Calcutta medical institutions reports 1892-1900
Year: 1892
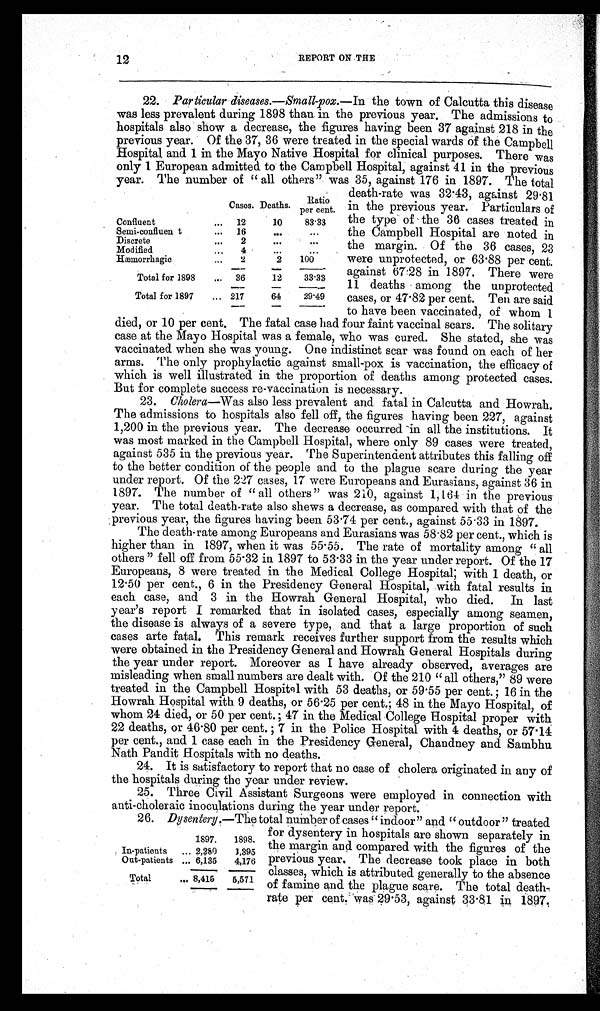
12
REPORT ON THE
22. Particular diseases.—Small-pox. —In the town of Calcutta this disease
was less prevalent during 1898 than in the previous year. The admissions to
hospitals also show a decrease, the figures having been 37 against 218 in the
previous year. Of the 37, 36 were treated in the special wards of the Campbell
Hospital and 1 in the Mayo Native Hospital for clinical purposes. There was
only 1 European admitted to the Campbell Hospital, against 41 in the previous
year. The number of "all others" was 35, against 176 in 1897. The total
Cases. Deaths.
Ratio
per cent.
Confluent
...
12
10
83.33
Semi-confluen t
. . .
16
. . .
. . .
Discrete
...
2
. . .
. . .
Modified
. . .
4
. . .
. . .
Hæmorrhagic
...
2
2
100
Total for 1898
...
36
12
33.33
Total for 1897
... 217
64
29.49
death-rate was 32.43, against 29.81
in the previous year. Particulars of
the type of the 36 cases treated in
the Campbell Hospital are noted in
the margin. Of the 36 cases, 23
were unprotected, or 63.88 per cent.
against 67.28 in 1897. There were
11 deaths among the unprotected
cases, or 47.82 per cent. Ten are said
to have been vaccinated, of whom
1 died, or 10 per cent. The fatal case had four faint vaccinal scars. The solitary
case at the Mayo Hospital was a female, who was cured. She stated, she was
vaccinated when she was young. One indistinct scar was found on each of her
arms. The only prophylactic against small-pox is vaccination, the efficacy of
which is well illustrated in the proportion of deaths among protected cases.
But for complete success re-vaccination is necessary.
23. Cholera—Was also less prevalent and fatal in Calcutta and Howrah.
The admissions to hospitals also fell off, the figures having been 227, against
1,200 in the previous year. The decrease occurred in all the institutions. It
was most marked in the Campbell Hospital, where only 89 cases were treated,
against 535 in the previous year. The Superintendent attributes this falling off
to the better condition of the people and to the plague scare during the year
under report. Of the 227 cases, 17 were Europeans and Eurasians, against 36 in
1897. The number of "all others" was 210, against 1,164 in the previous
year. The total death-rate also shews a decrease, as compared with that of the
previous year, the figures having been 53.74 per cent., against 55.33 in 1897.
The death-rate among Europeans and Eurasians was 58.82 per cent., which is
higher than in 1897, when it was 55.55. The rate of mortality among "all
others" fell off from 55.32 in 1897 to 53.33 in the year under report. Of the 17
Europeans, 8 were treated in the Medical College Hospital; with 1 death, or
12.50 per cent., 6 in the Presidency General Hospital, with fatal results in
each case, and 3 in the Howrah General Hospital, who died. In last
year's report I remarked that in isolated cases, especially among seamen,
the disease is always of a severe type, and that a large proportion of such
cases arte fatal. This remark receives further support from the results which
were obtained in the Presidency General and Howrah General Hospitals during
the year under report. Moreover as I have already observed, averages are
misleading when small numbers are dealt with. Of the 210 "all others," 89 were
treated in the Campbell Hospital with 53 deaths, or 59.55 per cent.; 16 in the
Howrah Hospital with 9 deaths, or 56.25 per cent.; 48 in the Mayo Hospital, of
whom 24 died, or 50 per cent.; 47 in the Medical College Hospital proper with
22 deaths, or 46.80 per cent.; 7 in the Police Hospital with 4 deaths, or 57.14
per cent., and 1 case each in the Presidency General, Chandney and Sambhu
Nath Pandit Hospitals with no deaths.
24. It is satisfactory to report that no case of cholera originated in any of
the hospitals during the year under review.
25. Three Civil Assistant Surgeons were employed in connection with
anti-choleraic inoculations during the year under report.
26. Dysentery. —The total number of cases "indoor" and "outdoor" treated
1897.
1898.
In-patients
. . . 2,280
1,395
Out-patients
. . . 6,135
4,176
Total
... 8,415
5,571
for dysentery in hospitals are shown separately in
the margin and compared with the figures of the
previous year. The decrease took place in both
classes, which is attributed generally to the absence
of famine and the plague scare. The total death-
rate per cent. was 29.53, against 33.81 in 1897.